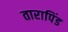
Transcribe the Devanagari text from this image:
तारापिंड